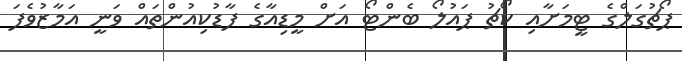
ޕޯޗުގަލްގެ ޓީމަށާއި ކޯޗު ޕައުލޯ ބެންޓޯ އަށް މީޑިއާގެ ފާޑުކިއުންތައް ވަނީ އަމާޒުވެފަ